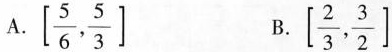
A.$$\left[ \frac{5}{6}, \frac{5}{3}]$$ B.\right$$\left[ \frac{2}{3}, \frac{3}{2}\right]$$